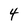
Character: 4